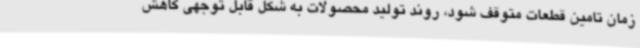
زمان تامین قطعات متوقف شود، روند تولید محصولات به شکل قابل توجهی کاهش